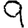
Digit: 9